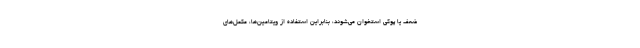
ضعف یا پوکی استخوان می‌شوند، بنابراین استفاده از ویتامین‌ها، مکمل‌های